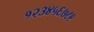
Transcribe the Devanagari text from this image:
१२३४५६७८९